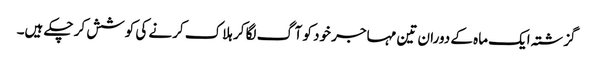
گزشتہ ایک ماہ کے دوران تین مہاجر خود کو آگ لگا کر ہلاک کرنے کی کوشش کر چکے ہیں۔